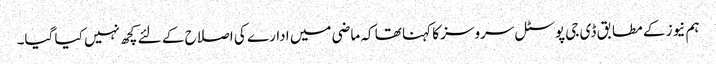
ہم نیوز کے مطابق ڈی جی پوسٹل سروسز کا کہنا تھا کہ ماضی میں ادارے کی اصلاح کے لئے کچھ نہیں کیا گیا۔